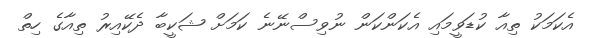
އެކަމަކު ތިއާ ކުޑަވީމައި އެކަންކަން ނުވިސްނޭނެ ކަމަށް ޝަކީބާ ދެކޭއިރު ތިއާގެ ހިތް